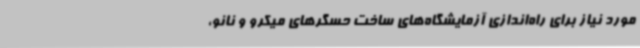
مورد نیاز برای راه‌اندازی آزمایشگاه‌های ساخت حسگرهای میکرو و نانو،